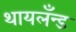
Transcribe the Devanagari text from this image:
थायलँन्ड